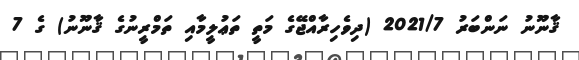
ޤާނޫނު ނަންބަރު 2021/7 (ދިވެހިރާއްޖޭގެ މަތީ ތަޢުލީމާއި ތަމްރީނުގެ ޤާނޫނު) ގެ 7